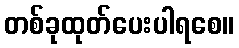
တစ်ခုထုတ်ပေးပါရစေ။